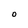
Character: 0